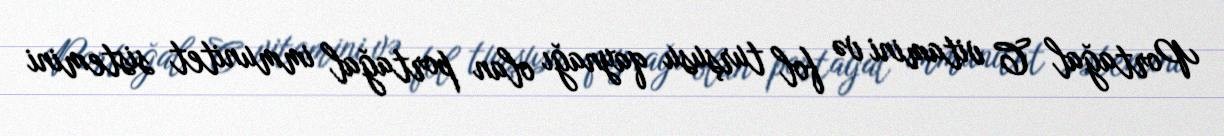
Portağal C vitamini və fol turşusu qaynağı olan portağal immunitet sistemini